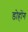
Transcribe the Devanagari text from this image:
डोहोंग